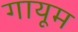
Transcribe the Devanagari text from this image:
गायूम